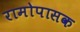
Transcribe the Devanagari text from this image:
रामोपासक